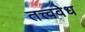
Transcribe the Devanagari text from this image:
तत्त्ववेध